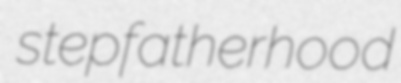
stepfatherhood